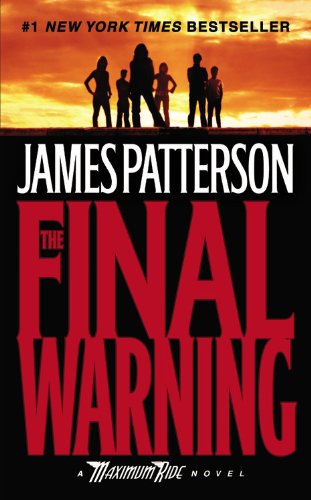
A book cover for The Final Warning: A Maximum Ride Novel (Book 4); James Patterson; Science Fiction & Fantasy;